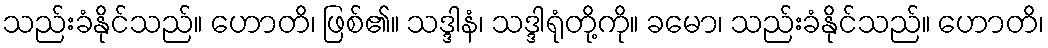
သည်းခံနိုင်သည်။ ဟောတိ၊ ဖြစ်၏။ သဒ္ဒါနံ၊ သဒ္ဒါရုံတို့ကို။ ခမော၊ သည်းခံနိုင်သည်။ ဟောတိ၊